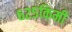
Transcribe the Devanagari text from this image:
६२५किमी